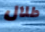
طلال